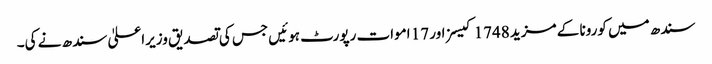
سندھ میں کورونا کے مزید 1748 کیسز اور 17 اموات رپورٹ ہوئیں جس کی تصدیق وزیراعلیٰ سندھ نے کی۔